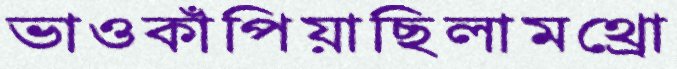
ভাওকাঁপিয়াছিলামথ্রো